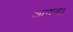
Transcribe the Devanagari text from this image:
आनन्द।